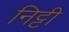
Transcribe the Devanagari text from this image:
निट्टी